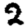
Digit: 2